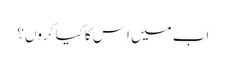
اب میں اِس کا کیا کروں؟